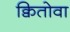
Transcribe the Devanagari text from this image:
क्वितोवा